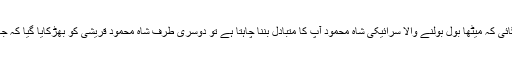
سہیل وڑائچ لکھتے ہیں کہ بد خواہوں نے وزیر اعظم کو شکایت لگائی کہ میٹھا بول بولنے والا سرائیکی شاہ محمود آپ کا متبادل بننا چاہتا ہے تو دوسری طرف شاہ محمود قریشی کو بھڑکایا گیا کہ جہانگیر ترین نا اہل ہونے کے باجود کابینہ کو مشورے دے رہا ہے۔